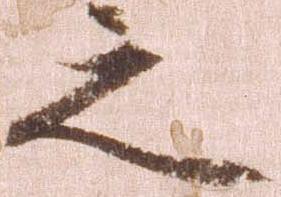
之